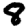
Digit: 8